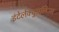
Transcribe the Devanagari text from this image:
इंटेलेक्चुअलिज्म